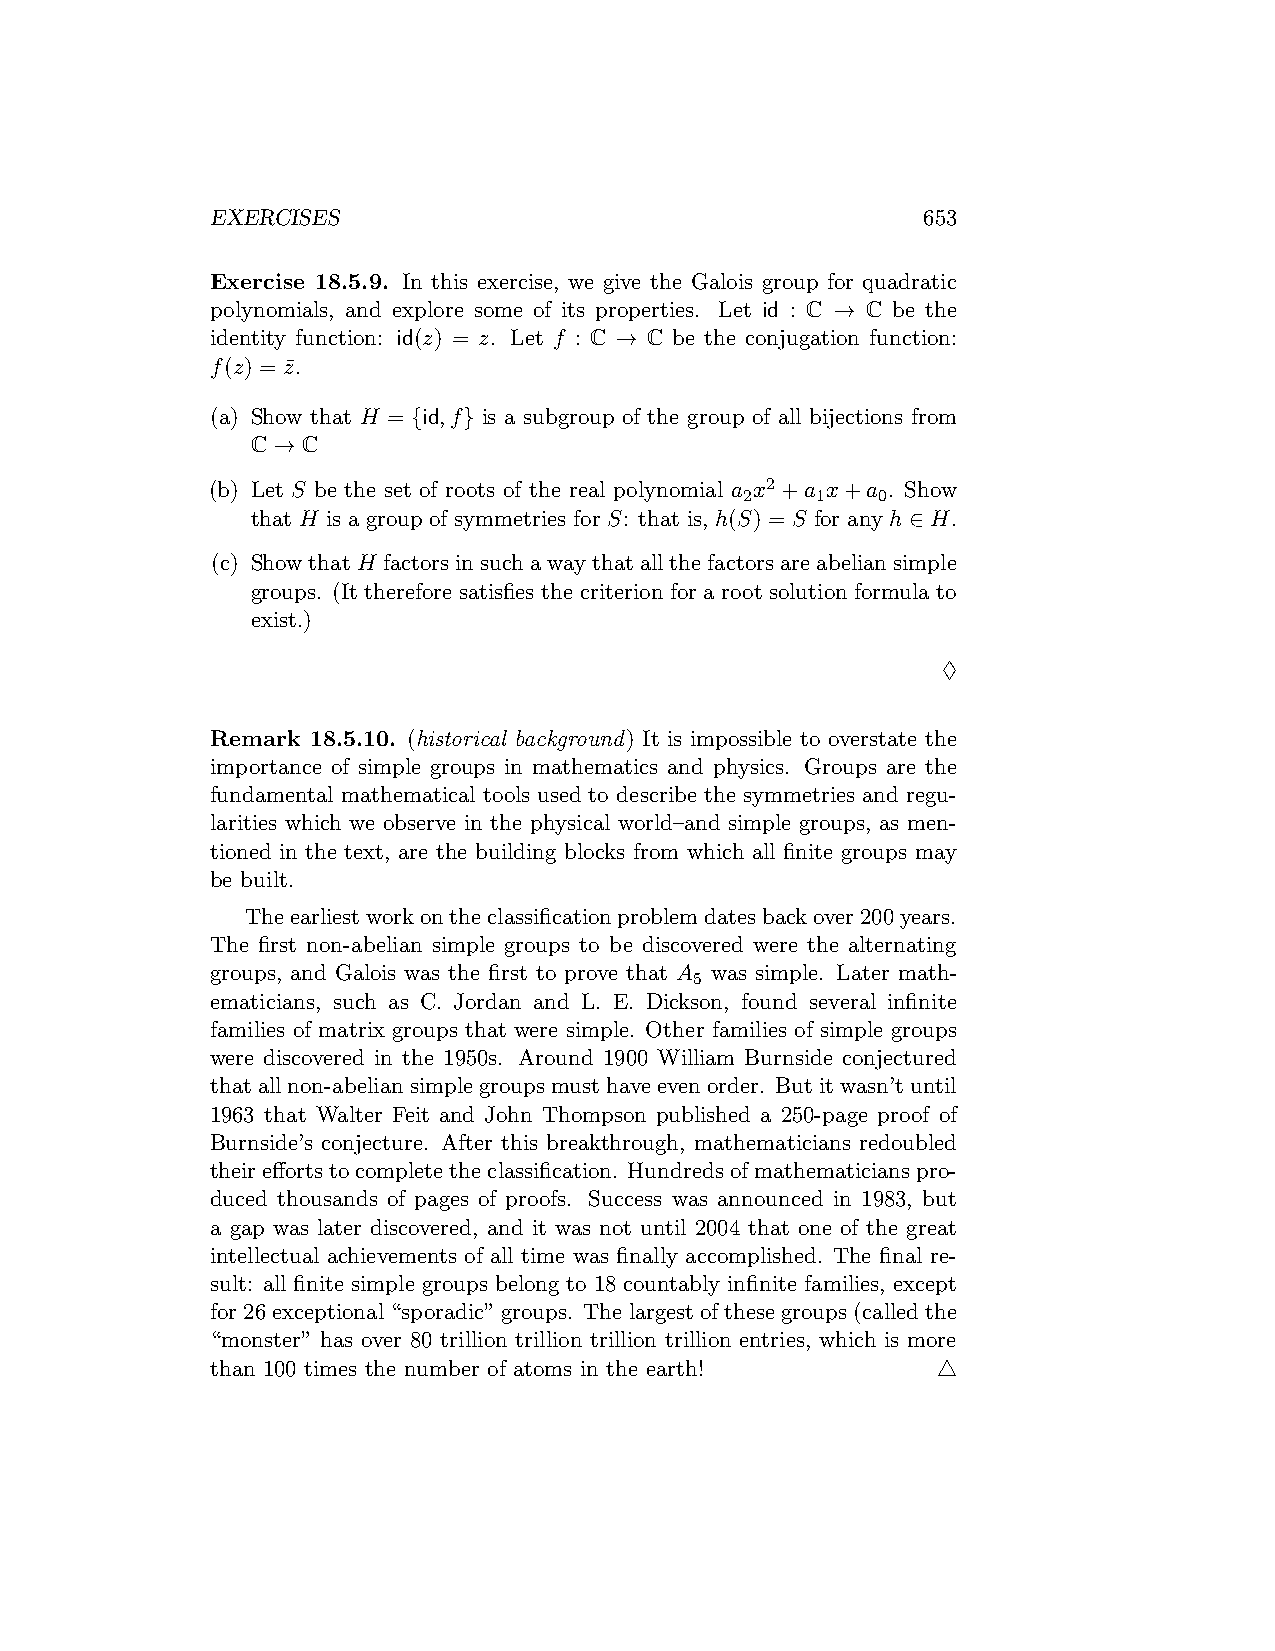
EXERCISES                                      653
 Exercise 18.5.9. In this exercise, we give the Galois group for quadratic
 polynomials, and explore some of its properties. Let id : C → C be the
 identity function: id(z) = z. Let f : C → C be the conjugation function:
 f(z) = z¯.
 (a) Show that H = {id,f} is a subgroup of the group of all bijections from
 C → C
 (b) Let S be the set of roots of the real polynomial a x2+a x+a . Show
 2    1   0
 that H is a group of symmetries for S: that is, h(S) = S for any h ∈ H.
 (c) ShowthatH factorsinsuchawaythatallthefactorsareabeliansimple
 groups. (It therefore satisfies the criterion for a root solution formula to
 exist.)
 ♢
 Remark 18.5.10. (historical background) It is impossible to overstate the
 importance of simple groups in mathematics and physics. Groups are the
 fundamental mathematical tools used to describe the symmetries and regu-
 larities which we observe in the physical world–and simple groups, as men-
 tioned in the text, are the building blocks from which all finite groups may
 be built.
 Theearliestworkontheclassificationproblemdatesbackover200years.
 The first non-abelian simple groups to be discovered were the alternating
 groups, and Galois was the first to prove that A was simple. Later math-
 5
 ematicians, such as C. Jordan and L. E. Dickson, found several infinite
 families of matrix groups that were simple. Other families of simple groups
 were discovered in the 1950s. Around 1900 William Burnside conjectured
 thatall non-abelian simplegroups musthaveeven order. But itwasn’t until
 1963 that Walter Feit and John Thompson published a 250-page proof of
 Burnside’s conjecture. After this breakthrough, mathematicians redoubled
 theireffortstocompletetheclassification. Hundredsofmathematicianspro-
 duced thousands of pages of proofs. Success was announced in 1983, but
 a gap was later discovered, and it was not until 2004 that one of the great
 intellectual achievements of all time was finally accomplished. The final re-
 sult: all finite simple groups belong to 18 countably infinite families, except
 for26exceptional“sporadic”groups. Thelargestofthesegroups(calledthe
 “monster” has over 80 trillion trillion trillion trillion entries, which is more
 than 100 times the number of atoms in the earth! △